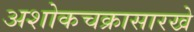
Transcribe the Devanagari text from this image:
अशोकचक्रासारखे